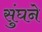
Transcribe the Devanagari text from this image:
सुंघने